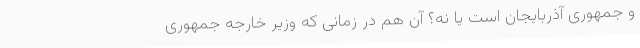
و جمهوری آذربایجان است یا نه؟ آن هم در زمانی که وزیر خارجه جمهوری